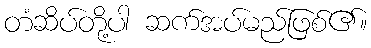
တံဆိပ်တို့ပါ ဆက်အပ်မည်ဖြစ်၏။